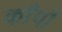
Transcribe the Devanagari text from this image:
काँपौ